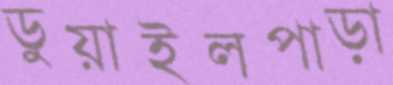
ডুয়াইলপাড়া